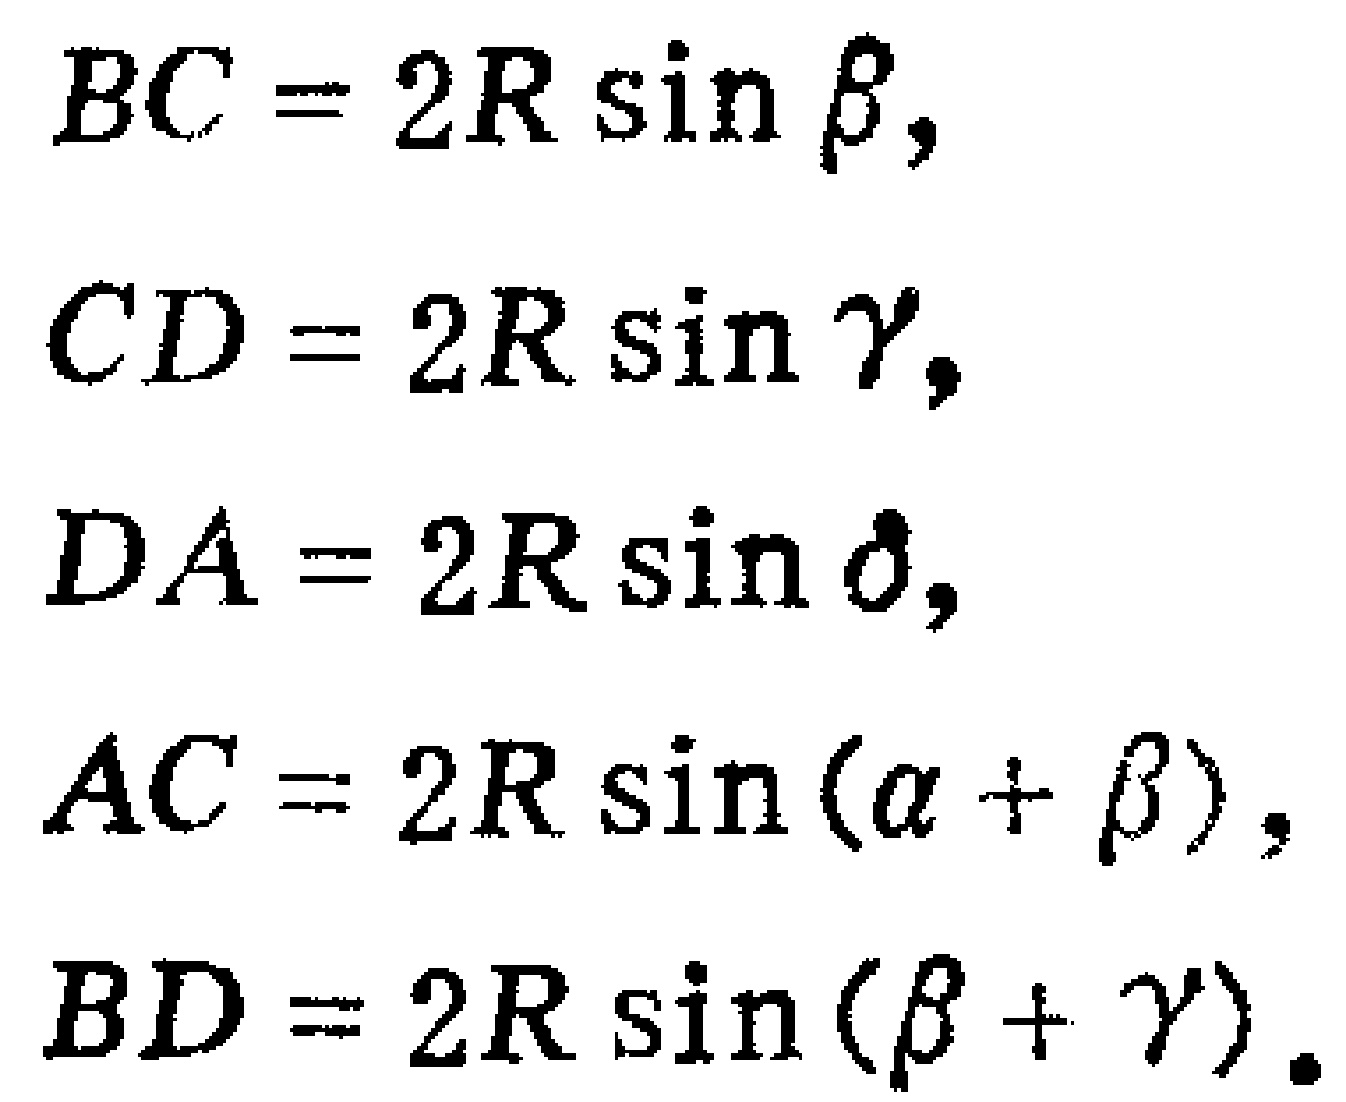
\[
\begin{align*}
BC&= 2R\sin\beta,\\
CD&= 2R\sin\gamma,\\
DA&= 2R\sin\delta,\\
AC&= 2R\sin(\alpha + \beta),\\
BD&= 2R\sin(\beta + \gamma).
\end{align*}
\]